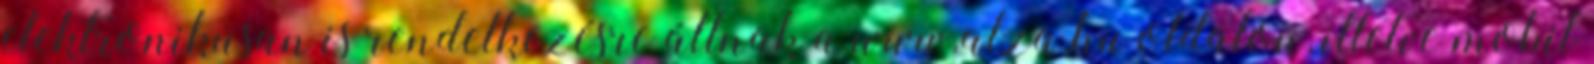
elektronikusan is rendelkezésre állnak a www.alza.hu oldalon, illetve mobil